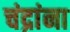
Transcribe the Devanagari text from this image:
चंद्रांना